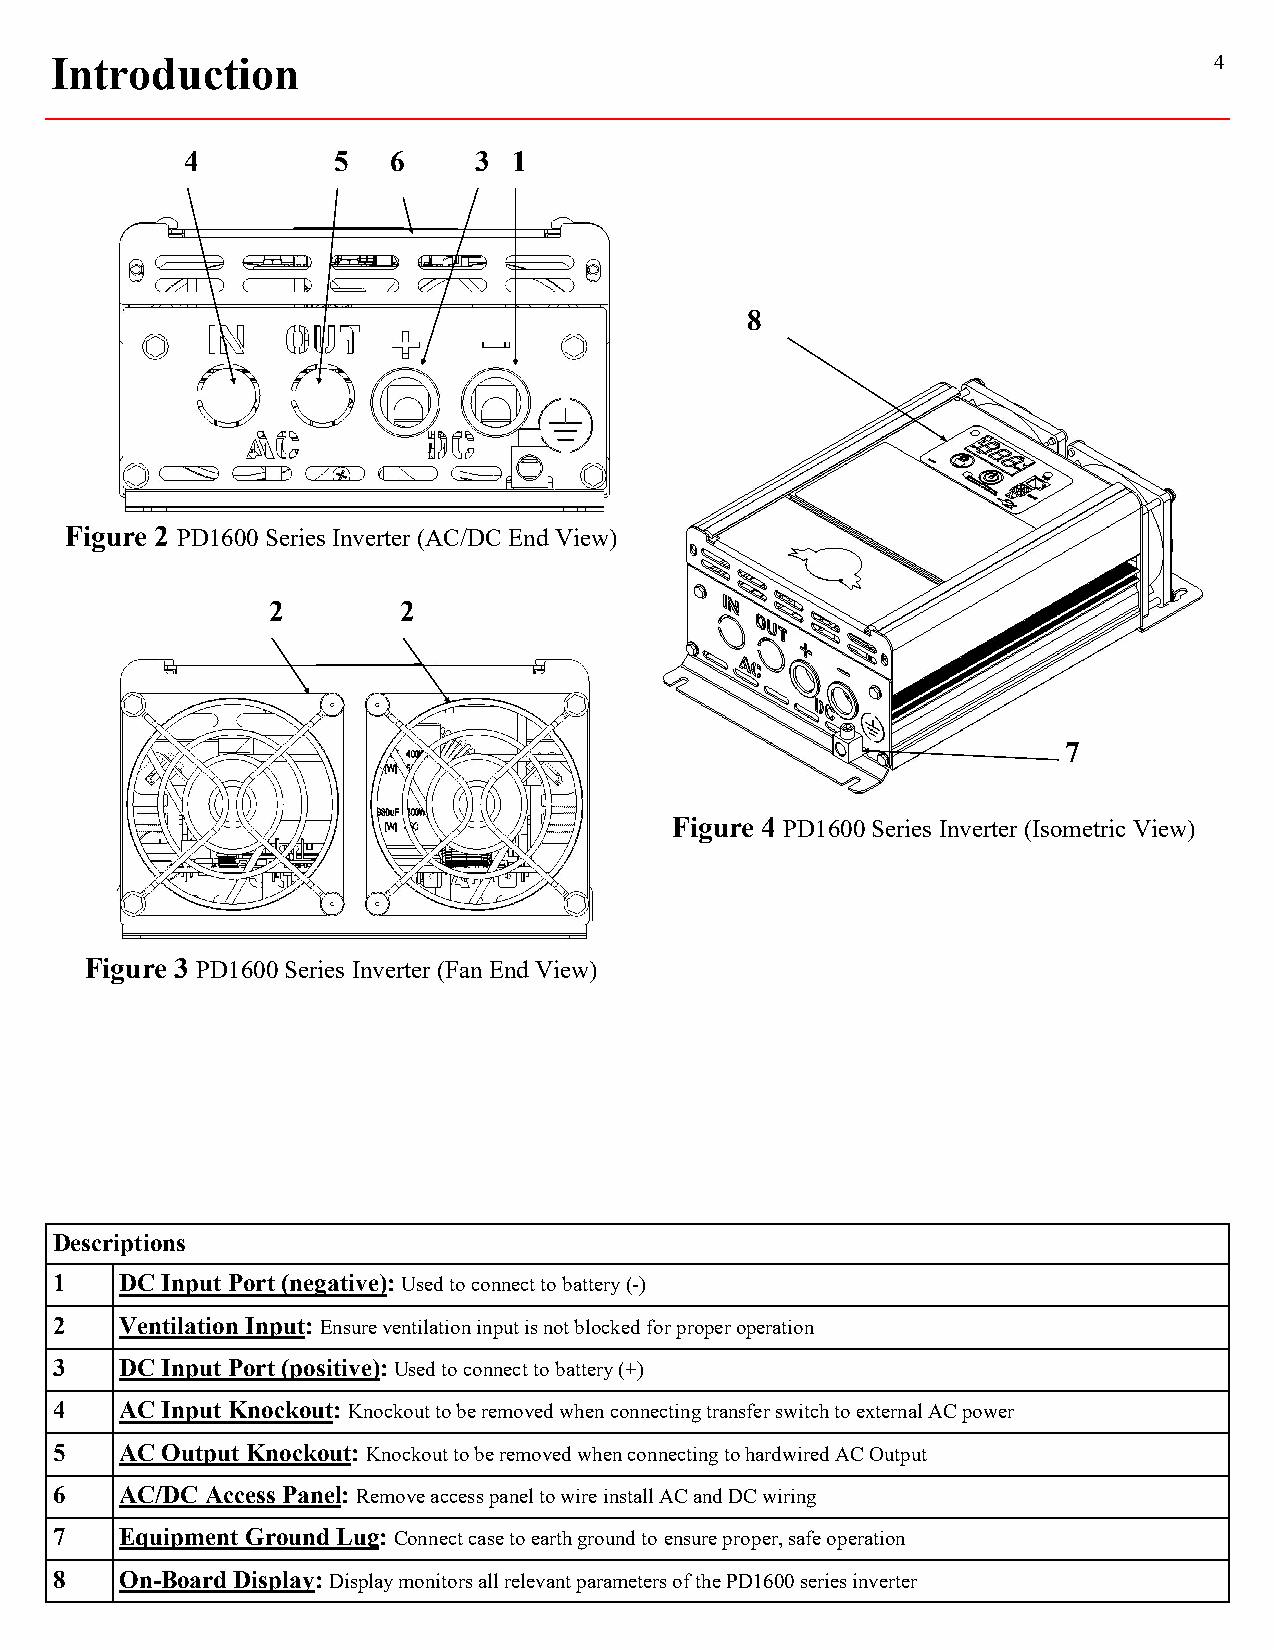
Introduction                                                                 4
 4         5   6    3  1
 8
 Figure 2 PD1600 Series Inverter (AC/DC End View)
 2       2
 7
 Figure 4 PD1600 Series Inverter (Isometric View)
 Figure 3 PD1600 Series Inverter (Fan End View)
 Descriptions
 1    DC Input Port (negative): Used to connect to battery (-)
 2    Ventilation Input: Ensure ventilation input is not blocked for proper operation
 3    DC Input Port (positive): Used to connect to battery (+)
 4    AC Input Knockout: Knockout to be removed when connecting transfer switch to external AC power
 5    AC Output Knockout: Knockout to be removed when connecting to hardwired AC Output
 6    AC/DC Access Panel: Remove access panel to wire install AC and DC wiring
 7    Equipment Ground Lug: Connect case to earth ground to ensure proper, safe operation
 8    On-Board Display: Display monitors all relevant parameters of the PD1600 series inverter